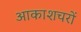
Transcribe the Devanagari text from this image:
आकाशचरों